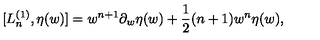
[ L _ { n } ^ { ( 1 ) } , \eta ( w ) ] = w ^ { n + 1 } \partial _ { w } \eta ( w ) + \frac { 1 } { 2 } ( n + 1 ) w ^ { n } \eta ( w ) ,